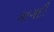
કાગદી